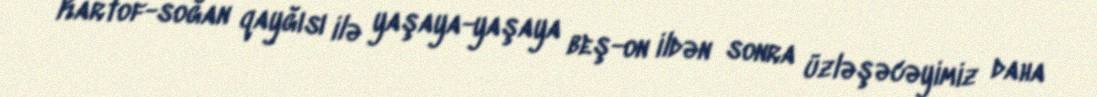
Kartof-soğan qayğısı ilə yaşaya-yaşaya beş-on ildən sonra üzləşəcəyimiz daha